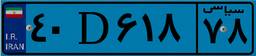
۴۰D۶۱۸۷۸